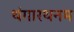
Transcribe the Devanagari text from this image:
थंगारथनम